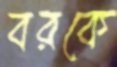
বরকে